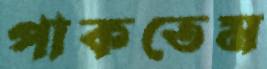
পাকতেম